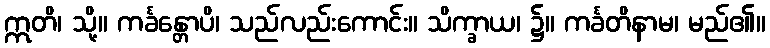
ဣတိ၊ သို့။ ကင်္ခန္တောပိ၊ သည်လည်းကောင်း။ သိက္ခာယ၊ ၌။ ကင်္ခတိနာမ၊ မည်၏။